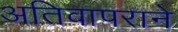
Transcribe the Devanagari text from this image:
अतिवापराने